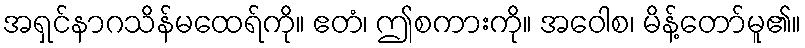
အရှင်နာဂသိန်မထေရ်ကို။ ဧတံ၊ ဤစကားကို။ အဝေါစ၊ မိန့်တော်မူ၏။